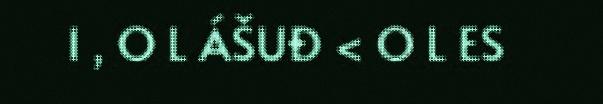
I , O L ÁŠUĐ < O L ES